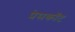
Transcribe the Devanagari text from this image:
प्रेसकॉट